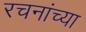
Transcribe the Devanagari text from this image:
रचनांच्या